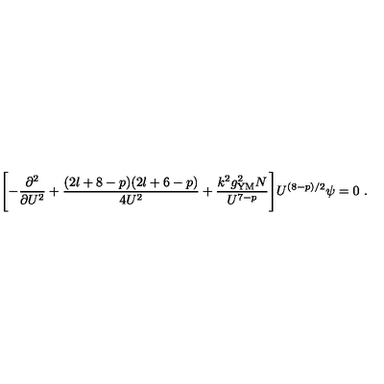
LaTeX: \Biggl [ - \frac { \partial ^ { 2 } } { \partial U ^ { 2 } } + \frac { ( 2 l + 8 - p ) ( 2 l + 6 - p ) } { 4 U ^ { 2 } } + \frac { k ^ { 2 } g _ { \mathrm { Y M } } ^ { 2 } N } { U ^ { 7 - p } } \Biggr ] U ^ { ( 8 - p ) / 2 } \psi = 0 \ .